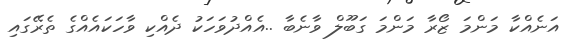
އަނެއްކާ މަންމަ ޒޯރާ މަންމަ ގަބޫލް ވާނެބާ ..އެއްދުވަހަކު ދެއްކި ވާހަކައެއްގެ ތެރޭގައި